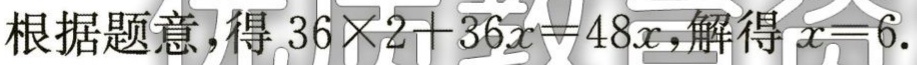
根据题意，得 \(36\times2 + 36x = 48x\)，解得 \(x = 6\)。